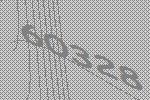
60328